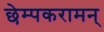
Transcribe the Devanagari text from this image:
छेम्पकरामन्